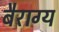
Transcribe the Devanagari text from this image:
बैराग्य